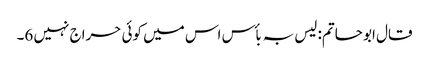
قال ابو حاتم: لیس بہ بأس اس میں کوئی حراج نہیں 6۔